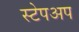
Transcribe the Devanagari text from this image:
स्टेपअप